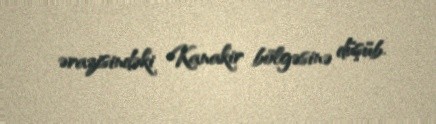
ərazisindəki Kanakir bölgəsinə düşüb.